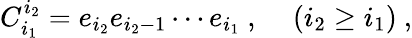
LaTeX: C_{i_{1}}^{i_{2}}=e_{i_{2}}e_{i_{2}-1}\cdots e_{i_{1}}~,~~~~\left(i_{2}\geq i_{1}\right)~,